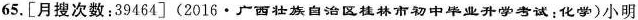
65.[月搜次数：39464](2016.广西壮族自治区桂林市初中毕业升学考试：化学)小明